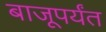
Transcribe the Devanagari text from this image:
बाजूपर्यंत